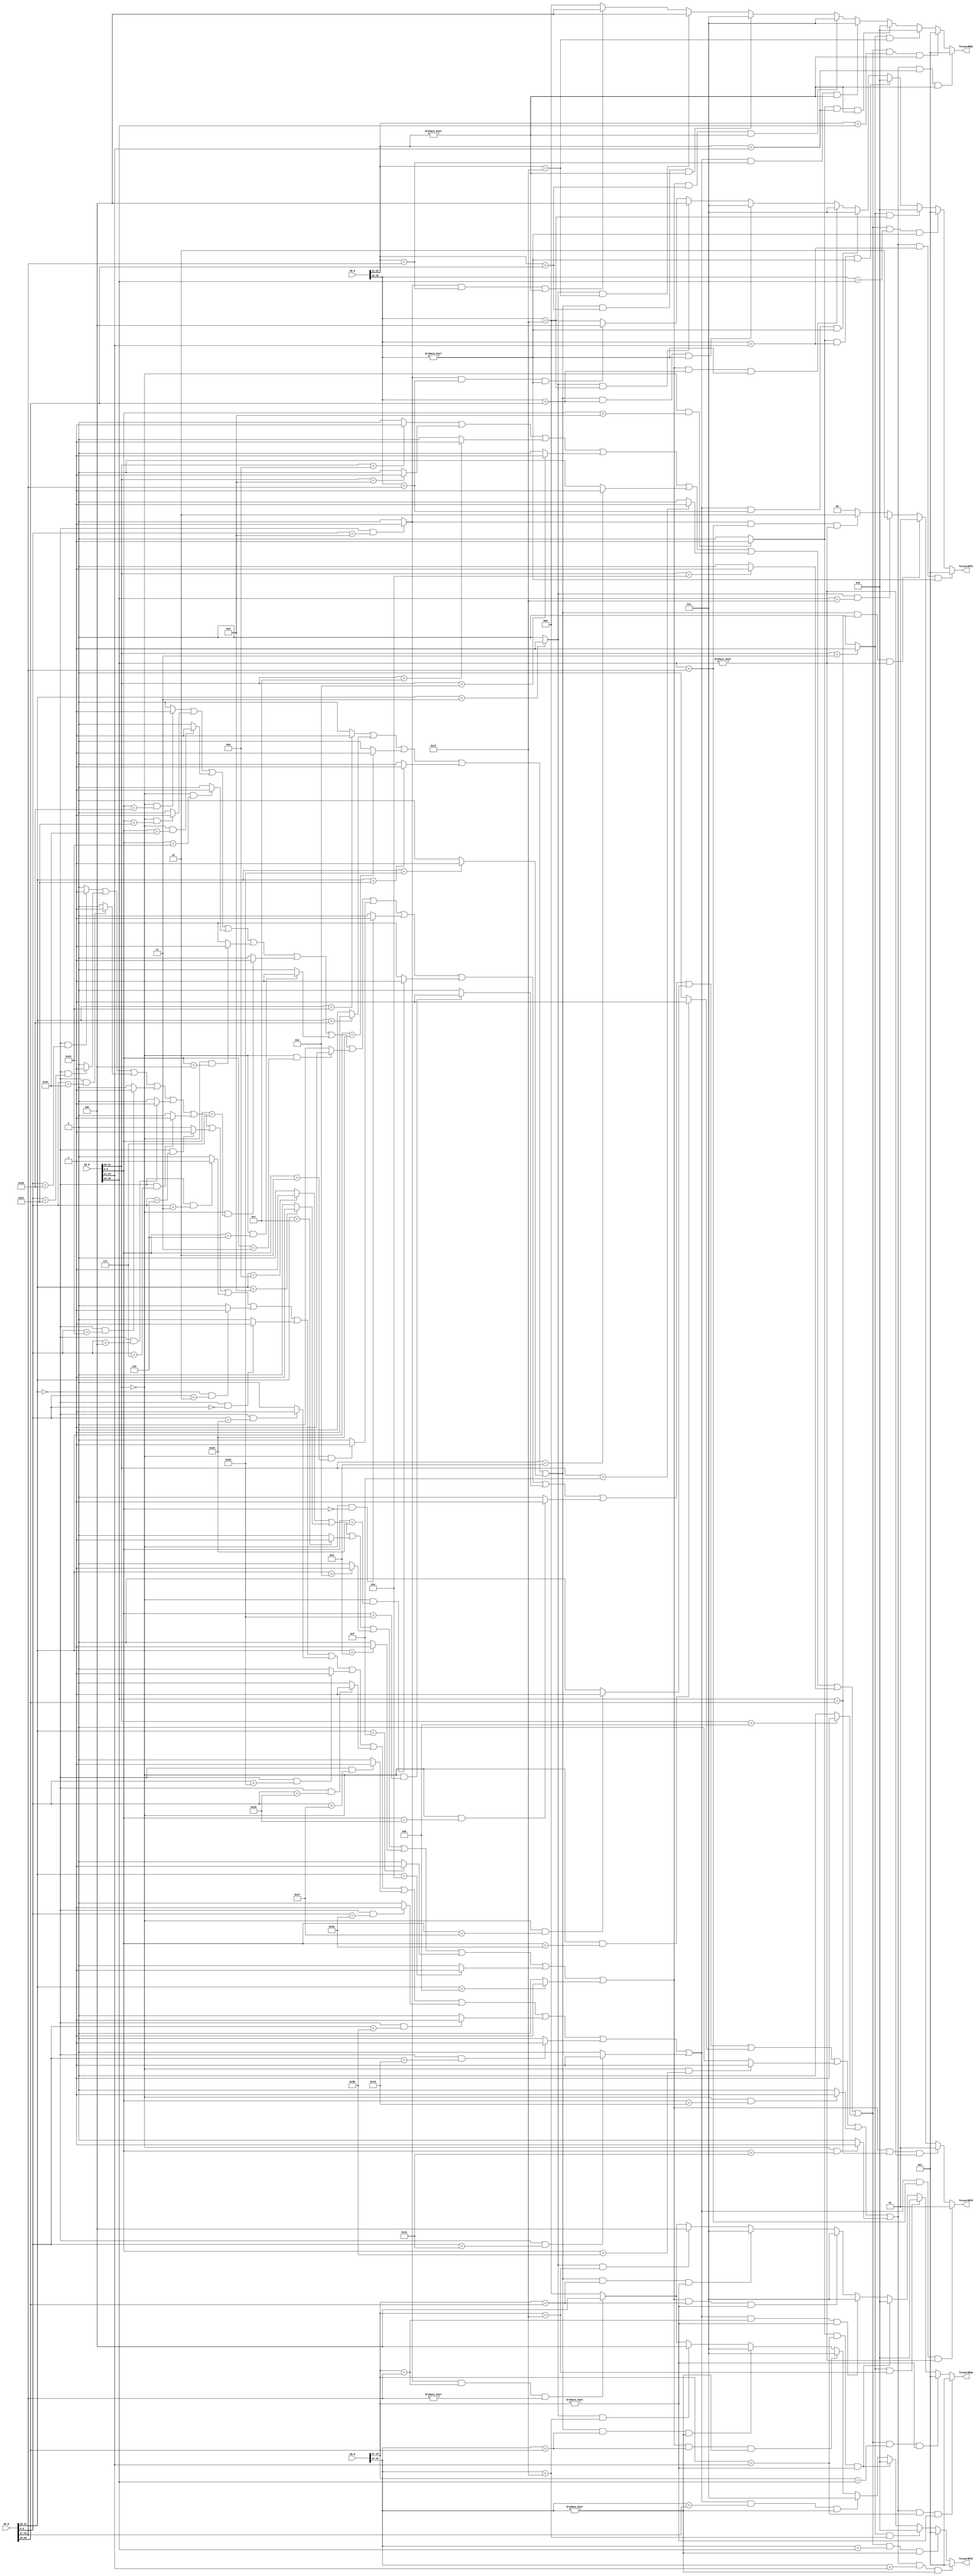
`timescale 1ns / 1ps
//////////////////////////////////////////////////////////////////////////////////
// Company: 
// Engineer: 
// 
// Design Name: 
// Module Name:    forward 
// Project Name: 
// Target Devices: 
// Tool versions: 
// Description: 
//
// Dependencies: 
//
// Revision: 
// Revision 0.01 - File Created
// Additional Comments: 
//
//////////////////////////////////////////////////////////////////////////////////
module forward(
    input [31:0] IR_D,
    input [31:0] IR_E,
    input [31:0] IR_M,
    input [31:0] IR_W,
    output [2:0] forwardRSD,
    output [2:0] forwardRTD,
    output [2:0] forwardRSE,
    output [2:0] forwardRTE,
    output [1:0] forwardRTM
    );
    parameter R=6'b000000,
	           ADD=6'b100000,
				  ADDU=6'b100001,
				  SUB=6'b100010,
				  SUBU=6'b100011,
				  SLLV=6'b000100,
				  SRAV=6'b000111,
				  SRLV=6'b000110,
				  AND=6'b100100,
				  OR=6'b100101,
				  XOR=6'b100110,
				  NOR=6'b100111,
				  SLT=6'b101010,
				  SLTU=6'b101011,
				  SRA=6'b000011,
				  SRL=6'b000010,
				  SLL=6'b000000,
				  MFHI=6'b010000,
				  MFLO=6'b010010,
				  ADDI=6'b001000,
				  ADDIU=6'b001001,
				  ANDI=6'b001100,
				  XORI=6'b001110,
	           ORI=6'b001101,
				  LUI=6'b001111,
				  SLTI=6'b001010,
				  SLTIU=6'b001011,
				  LW=6'b100011,
				  LB=6'b100000,
				  LBU=6'b100100,
				  LH=6'b100001,
				  LHU=6'b100101,
				  SW=6'b101011,
	           SH=6'b101001,
				  SB=6'b101000,
				  BEQ=6'b000100, 
				  JAL=6'b000011,
				  JR=6'b001000,
				  JALR=6'b001001;
	 wire [5:0]op_e,fun_e,op_d,fun_d,op_m,fun_m,op_w,fun_w;
	 wire [4:0]rs_d,rt_d,rs_e,rt_e,rd_e,rt_m,rd_m,rt_w,rd_w;
	 
	 assign op_d=IR_D[31:26];
	 assign fun_d=IR_D[5:0];
	 assign rs_d=IR_D[25:21];
	 assign rt_d=IR_D[20:16];
	 assign op_e=IR_E[31:26];
	 assign fun_e=IR_E[5:0];
	 assign rs_e=IR_E[25:21];
	 assign rt_e=IR_E[20:16];
	 assign rd_e=IR_E[15:11];
	 assign op_m=IR_M[31:26];
	 assign fun_m=IR_M[5:0];
	 assign rt_m=IR_M[20:16];
	 assign rd_m=IR_M[15:11];
	 assign op_w=IR_W[31:26];
	 assign fun_w=IR_W[5:0];
	 assign rt_w=IR_W[20:16];
	 assign rd_w=IR_W[15:11];
	 
	 wire jal_m,jal_w,jalr_m,jalr_w;
	 
	 assign jal_m=(op_m==JAL)?1:0;
	 assign jal_w=(op_w==JAL)?1:0;
	 assign jalr_m=(op_m==R&&fun_m==JALR)?1:0;
	 assign jalr_w=(op_w==R&&fun_w==JALR)?1:0;

	 
	 wire cal_r_m,cal_i_m,cal_r_w,cal_i_w,ld_w;//ex\mem
	 wire add_m,addu_m,sub_m,subu_m,sllv_m,srav_m,srlv_m,and_m,or_m,xor_m,nor_m,slt_m,sltu_m,sra_m,srl_m,sll_m,mfhi_m,mflo_m;
	 wire addi_m,addiu_m,andi_m,xori_m,ori_m,lui_m,slti_m,sltiu_m;
	 
	 assign add_m=(op_m==R&&fun_m==ADD)?1:0;
	 assign addu_m=(op_m==R&&fun_m==ADDU)?1:0;
	 assign sub_m=(op_m==R&&fun_m==SUB)?1:0;
	 assign subu_m=(op_m==R&&fun_m==SUBU)?1:0;
	 assign sllv_m=(op_m==R&&fun_m==SLLV)?1:0;
	 assign srav_m=(op_m==R&&fun_m==SRAV)?1:0;
	 assign srlv_m=(op_m==R&&fun_m==SRLV)?1:0;
	 assign and_m=(op_m==R&&fun_m==AND)?1:0;
	 assign or_m=(op_m==R&&fun_m==OR)?1:0;
	 assign xor_m=(op_m==R&&fun_m==XOR)?1:0;
	 assign nor_m=(op_m==R&&fun_m==NOR)?1:0;
	 assign slt_m=(op_m==R&&fun_m==SLT)?1:0;
	 assign sltu_m=(op_m==R&&fun_m==SLTU)?1:0;
	 assign sra_m=(op_m==R&&fun_m==SRA)?1:0;
	 assign srl_m=(op_m==R&&fun_m==SRL)?1:0;
	 assign sll_m=(op_m==R&&fun_m==SLL)?1:0;
	 assign mfhi_m=(op_m==R&&fun_m==MFHI)?1:0;
	 assign mflo_m=(op_m==R&&fun_m==MFLO)?1:0;
	 assign addi_m=(op_m==ADDI)?1:0;
	 assign addiu_m=(op_m==ADDIU)?1:0;
	 assign andi_m=(op_m==ANDI)?1:0;
	 assign xori_m=(op_m==XORI)?1:0;
	 assign ori_m=(op_m==ORI)?1:0;
	 assign lui_m=(op_m==LUI)?1:0;
	 assign slti_m=(op_m==SLTI)?1:0;
	 assign sltiu_m=(op_m==SLTIU)?1:0;
	 
	 assign cal_r_m=add_m||addu_m||sub_m||subu_m||
	                sllv_m||srav_m||srlv_m||sra_m||srl_m||sll_m||
						 and_m||or_m||xor_m||nor_m||
						 slt_m||sltu_m||mfhi_m||mflo_m;
	 assign cal_i_m=addi_m||addiu_m||andi_m||xori_m||ori_m||lui_m||slti_m||sltiu_m;
	 
	 wire add_w,addu_w,sub_w,subu_w,sllv_w,srav_w,srlv_w,and_w,or_w,xor_w,nor_w,slt_w,sltu_w,sra_w,srl_w,sll_w,mfhi_w,mflo_w;
	 wire addi_w,addiu_w,andi_w,xori_w,ori_w,lui_w,slti_w,sltiu_w;
	 wire lw_w,lb_w,lbu_w,lh_w,lhu_w;//mem/wb
	 
	 assign add_w=(op_w==R&&fun_w==ADD)?1:0;
	 assign addu_w=(op_w==R&&fun_w==ADDU)?1:0;
	 assign sub_w=(op_w==R&&fun_w==SUB)?1:0;
	 assign subu_w=(op_w==R&&fun_w==SUBU)?1:0;
	 assign sllv_w=(op_w==R&&fun_w==SLLV)?1:0;
	 assign srav_w=(op_w==R&&fun_w==SRAV)?1:0;
	 assign srlv_w=(op_w==R&&fun_w==SRLV)?1:0;
	 assign and_w=(op_w==R&&fun_w==AND)?1:0;
	 assign or_w=(op_w==R&&fun_w==OR)?1:0;
	 assign xor_w=(op_w==R&&fun_w==XOR)?1:0;
	 assign nor_w=(op_w==R&&fun_w==NOR)?1:0;
	 assign slt_w=(op_w==R&&fun_w==SLT)?1:0;
	 assign sltu_w=(op_w==R&&fun_w==SLTU)?1:0;
	 assign sra_w=(op_w==R&&fun_w==SRA)?1:0;
	 assign srl_w=(op_w==R&&fun_w==SRL)?1:0;
	 assign sll_w=(op_w==R&&fun_w==SLL)?1:0;
	 assign mfhi_w=(op_w==R&&fun_w==MFHI)?1:0;
	 assign mflo_w=(op_w==R&&fun_w==MFLO)?1:0;
	 assign addi_w=(op_w==ADDI)?1:0;
	 assign addiu_w=(op_w==ADDIU)?1:0;
	 assign andi_w=(op_w==ANDI)?1:0;
	 assign xori_w=(op_w==XORI)?1:0;
	 assign ori_w=(op_w==ORI)?1:0;
	 assign lui_w=(op_w==LUI)?1:0;
	 assign slti_w=(op_w==SLTI)?1:0;
	 assign sltiu_w=(op_w==SLTIU)?1:0;
	 assign lw_w=(op_w==LW)?1:0;
	 assign lb_w=(op_w==LB)?1:0;
	 assign lbu_w=(op_w==LBU)?1:0;
	 assign lh_w=(op_w==LH)?1:0;
	 assign lhu_w=(op_w==LHU)?1:0;
	 
	 assign cal_r_w=add_w||addu_w||sub_w||subu_w||
	                sllv_w||srav_w||srlv_w||sra_w||srl_w||sll_w||
						 and_w||or_w||xor_w||nor_w||
						 slt_w||sltu_w||mfhi_w||mflo_w;
	 assign cal_i_w=addi_w||addiu_w||andi_w||xori_w||ori_w||lui_w||slti_w||sltiu_w;
	 assign ld_w=lw_w||lb_w||lbu_w||lh_w||lhu_w;
	 
	 
    assign forwardRSD=(cal_r_m&&rs_d==rd_m&&rs_d!=0)?1:
	                   (cal_i_m&&rs_d==rt_m&&rs_d!=0)?1:
							 (jal_m  &&rs_d==31)           ?2:
							 (jalr_m &&rs_d==rd_m&&rs_d!=0)?2:
							 (cal_r_w&&rs_d==rd_w&&rs_d!=0)?3:
							 (cal_i_w&&rs_d==rt_w&&rs_d!=0)?3:
							 (ld_w   &&rs_d==rt_w&&rs_d!=0)?3:
							 (jal_w  &&rs_d==31)?4:
							 (jalr_w &&rs_d==rd_w&&rd_w!=0)?4:
							                                  0;
	 assign forwardRTD=(cal_r_m&&rt_d==rd_m&&rt_d!=0)?1:
	                   (cal_i_m&&rt_d==rt_m&&rt_d!=0)?1:
							 (jal_m&&rt_d==31)             ?2:
							 (jalr_m &&rs_d==rd_m&&rs_d!=0)?2:
							 (cal_r_w&&rt_d==rd_w&&rt_d!=0)?3:
							 (cal_i_w&&rt_d==rt_w&&rt_d!=0)?3:
							 (ld_w   &&rt_d==rt_w&&rt_d!=0)?3:
							 (jal_w&&rt_d==31)             ?4:
							 (jalr_w &&rs_d==rd_w&&rd_w!=0)?4:
							                                0;
	 
	 
	 assign forwardRSE=cal_r_m&&rs_e==rd_m&&rs_e!=0?1:
	                   cal_i_m&&rs_e==rt_m&&rs_e!=0?1:
							 jal_m  &&rs_e==31           ?2:
							 jalr_m &&rs_e==rd_m&&rs_e!=0?2:
							 cal_r_w&&rs_e==rd_w&&rs_e!=0?3:
							 cal_i_w&&rs_e==rt_w&&rs_e!=0?3:
							 ld_w   &&rs_e==rt_w&&rs_e!=0?3:
							 jal_w  &&rs_e==31           ?4:
							 jalr_w &&rs_e==rd_w&&rs_e!=0?4:
							                                  0;
    assign forwardRTE=cal_r_m&&rt_e==rd_m&&rt_e!=0?1:
	                   cal_i_m&&rt_e==rt_m&&rt_e!=0?1:
							 jal_m  &&rt_e==31           ?2:
							 jalr_m &&rt_e==rd_m&&rt_e!=0?2:
							 cal_r_w&&rt_e==rd_w&&rt_e!=0?3:
							 cal_i_w&&rt_e==rt_w&&rt_e!=0?3:
							 ld_w   &&rt_e==rt_w&&rt_e!=0?3:
							 jal_w  &&rt_e==31           ?4:
							 jalr_w &&rt_e==rd_w&&rt_e!=0?4:
							                              0;
	
	 assign forwardRTM=(cal_r_w&&rt_m==rd_w&&rt_m!=0)?1:
	                   (cal_i_w&&rt_m==rt_w&&rt_m!=0)?1:
							 (ld_w   &&rt_m==rt_w&&rt_m!=0)?1:
							 (jal_w  &&rt_m==31           )?2:
							 (jalr_w &&rt_m==rd_w&&rt_m!=0)?2:
							                             0;
	                   
endmodule